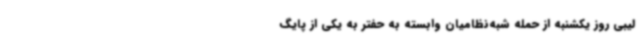
لیبی روز یکشنبه از حمله شبه‌نظامیان وابسته به حفتر به یکی از پایگ